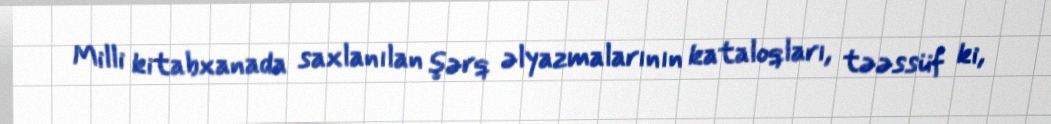
Milli kitabxanada saxlanılan şərq əlyazmalarının kataloqları, təəssüf ki,